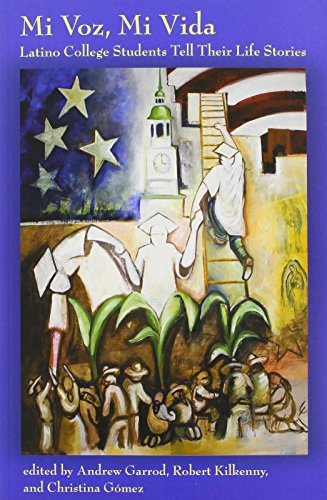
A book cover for Mi Voz, Mi Vida: Latino College Students Tell Their Life Stories; Biographies & Memoirs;